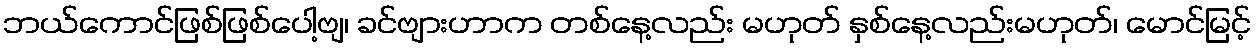
ဘယ်ကောင်ဖြစ်ဖြစ်ပေါ့ဗျ၊ ခင်ဗျားဟာက တစ်နေ့လည်း မဟုတ် နှစ်နေ့လည်းမဟုတ်၊ မောင်မြင့်